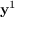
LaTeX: \mathbf { y } ^ { 1 }